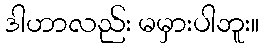
ဒါဟာလည်း မမှားပါဘူး။